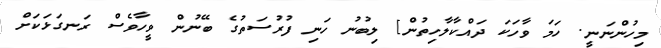
މިހުންނަނީ. ހަމަ ވާހަކަ ދައްކާލާހިތުން] ލިބުނު ހަނި ފުރުސަތުގެ ބޭނުން ވީހާވެސް ރަނގަޅަކަށް